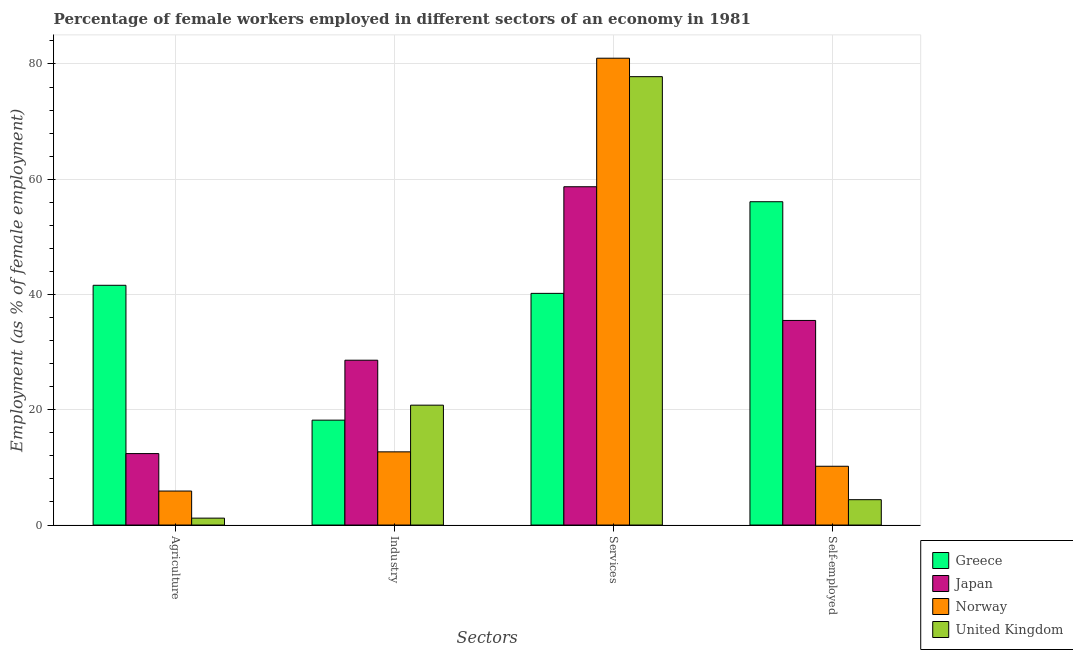
| Sectors | Greece | Japan | Norway | United Kingdom |
 | --- | --- | --- | --- | --- |
 | Agriculture | 41.6 | 12.4 | 5.9 | 1.2 |
 | Industry | 18.2 | 28.6 | 12.7 | 20.8 |
 | Services | 40.2 | 58.7 | 81 | 77.8 |
 | Self-employed | 56.1 | 35.5 | 10.2 | 4.4 |